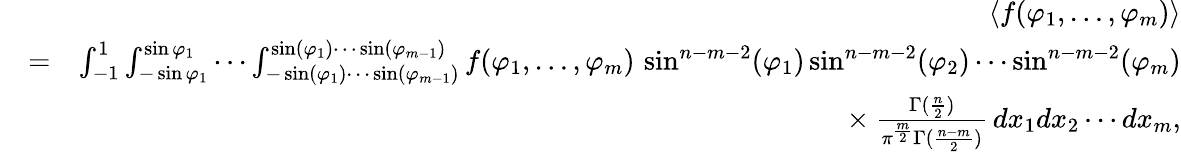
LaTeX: \begin{array}{rlr}&{}&{\langle f(\varphi_{1},\ldots,\varphi_{m})\rangle}\\ &{=}&{\int_{-1}^{1}\int_{-\sin\varphi_{1}}^{\sin\varphi_{1}}\cdots\int_{-\sin(\varphi_{1})\cdots\sin(\varphi_{m-1})}^{\sin(\varphi_{1})\cdots\sin(\varphi_{m-1})}f(\varphi_{1},\ldots,\varphi_{m})\, \sin^{n-m-2}(\varphi_{1})\sin^{n-m-2}(\varphi_{2})\cdots\sin^{n-m-2}(\varphi_{m})}\\ &{}&{\phantom{\int_{-1}^{1}\int_{-\sin\varphi_{1}}^{\sin\varphi_{1}}\cdots\int_{-\sin(\varphi_{1})\cdots\sin(\varphi_{m-1})}^{\sin(\varphi_{1})\cdots\sin(\varphi_{m-1})}}\times\frac{\Gamma(\frac{n}{2})}{\pi^{\frac{m}{2}}\Gamma(\frac{n-m}{2})}\, dx_{1}dx_{2}\cdots dx_{m},}\end{array}